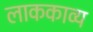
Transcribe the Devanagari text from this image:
लाककाव्य